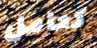
كعامل